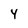
Character: 4